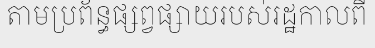
តាមប្រព័ន្ធផ្សព្វផ្សាយរបស់រដ្ឋកាលពី